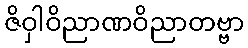
ဇိဝှါဝိညာဏဝိညာတဗ္ဗာ